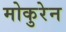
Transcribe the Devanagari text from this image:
मोकुरेन